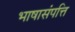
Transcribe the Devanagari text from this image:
भाषासंपत्ति